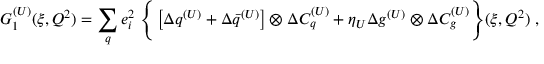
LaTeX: { \cal G } _ { 1 } ^ { ( U ) } ( \xi , Q ^ { 2 } ) = \sum _ { q } e _ { i } ^ { 2 } \; \Bigg \{ \left[ \Delta q ^ { ( U ) } + \Delta \bar { q } ^ { ( U ) } \right] \otimes \Delta { \cal C } _ { q } ^ { ( U ) } + \eta _ { U } \Delta g ^ { ( U ) } \otimes \Delta { \cal C } _ { g } ^ { ( U ) } \Bigg \} ( \xi , Q ^ { 2 } ) \; ,